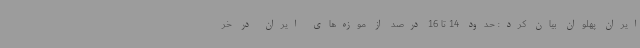
ایران پهلوان بیان کرد: حدود 14 تا 16 درصد از موزه‌های ایران در خر